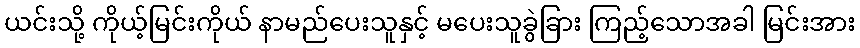
ယင်းသို့ ကိုယ့်မြင်းကိုယ် နာမည်ပေးသူနှင့် မပေးသူခွဲခြား ကြည့်သောအခါ မြင်းအား